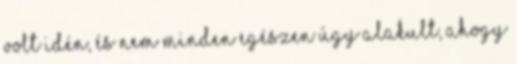
volt idén, és nem minden egészen úgy alakult, ahogy